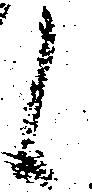
候